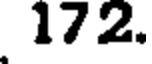
172.